Indian journal of veterinary science and animal husbandry - Volume 1,
Year: 1931
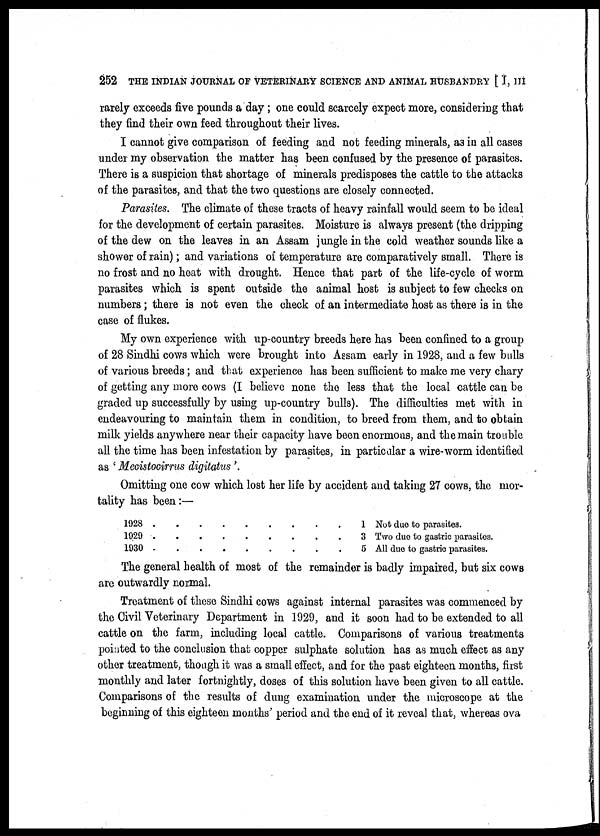
252 THE INDIAN JOURNAL OF VETERINARY SCIENCE AND ANIMAL HUSBANDRY [ I, III
rarely exceeds five pounds a day; one could scarcely expect more, considering that
they find their own feed throughout their lives.
I cannot give comparison of feeding and not feeding minerals, as in all cases
under my observation the matter has been confused by the presence of parasites.
There is a suspicion that shortage of minerals predisposes the cattle to the attacks
of the parasites, and that the two questions are closely connected.
Parasites. The climate of these tracts of heavy rainfall would seem to be ideal
for the development of certain parasites. Moisture is always present (the dripping
of the dew on the leaves in an Assam jungle in the cold weather sounds like a
shower of rain); and variations of temperature are comparatively small. There is
no frost and no heat with drought. Hence that part of the life-cycle of worm
parasites which is spent outside the animal host is subject to few checks on
numbers; there is not even the check of an intermediate host as there is in the
case of flukes.
My own experience with up-country breeds here has been confined to a group
of 28 Sindhi cows which were brought into Assam early in 1928, and a few bulls
of various breeds; and that experience has been sufficient to make me very chary
of getting any more cows (I believe none the less that the local cattle can be
graded up successfully by using up-country bulls). The difficulties met with in
endeavouring to maintain them in condition, to breed from them, and to obtain
milk yields anywhere near their capacity have been enormous, and the main trouble
all the time has been infestation by parasites, in particular a wire-worm identified
as 'Mecistocirrus digitatus '.
Omitting one cow which lost her life by accident and taking 27 cows, the mor-
tality has been:—
1028 .
1029 .
1930 .
. . . .
. . . .
. . . .
. . . .
. . . .
. . . .
1 Not due to parasites.
3 Two due to gastric parasites.
5 All due to gastric parasites.
The general health of most of the remainder is badly impaired, but six cows
are outwardly normal.
Treatment of these Sindhi cows against internal parasites was commenced by
the Civil Veterinary Department in 1929, and it soon had to be extended to all
cattle on the farm, including local cattle. Comparisons of various treatments
pointed to the conclusion that copper sulphate solution has as much effect as any
other treatment, though it was a small effect, and for the past eighteen months, first
monthly and later fortnightly, doses of this solution have been given to all cattle.
Comparisons of the results of dung examination under the microscope at the
beginning of this eighteen months' period and the end of it reveal that, whereas ova